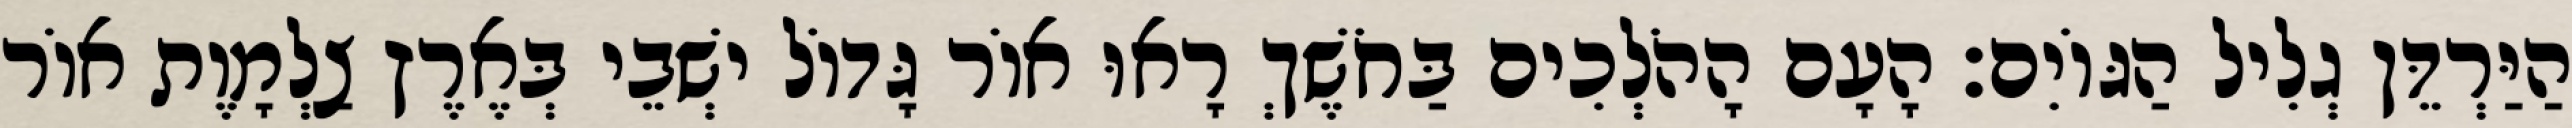
הַיַּרְדֵּן גְלִיל הַגּוֹיִם׃ הָעָם הָהֹלְכִים בַּחֹשֶׁךְ רָאוּ אוֹר גָּדוֹל ישְׁבֵי בְּאֶרֶץ צַלְמָוֶת אוֹר